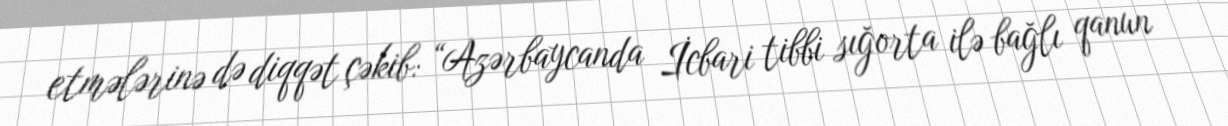
etmələrinə də diqqət çəkib: “Azərbaycanda İcbari tibbi sığorta ilə bağlı qanun